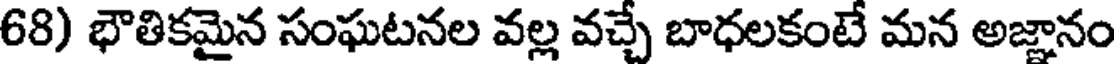
68) భౌతికమైన సంఘటనల వల్ల వచ్చే బాధలకంటే మన అజ్ఞానం